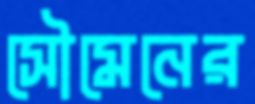
সৌমেনের